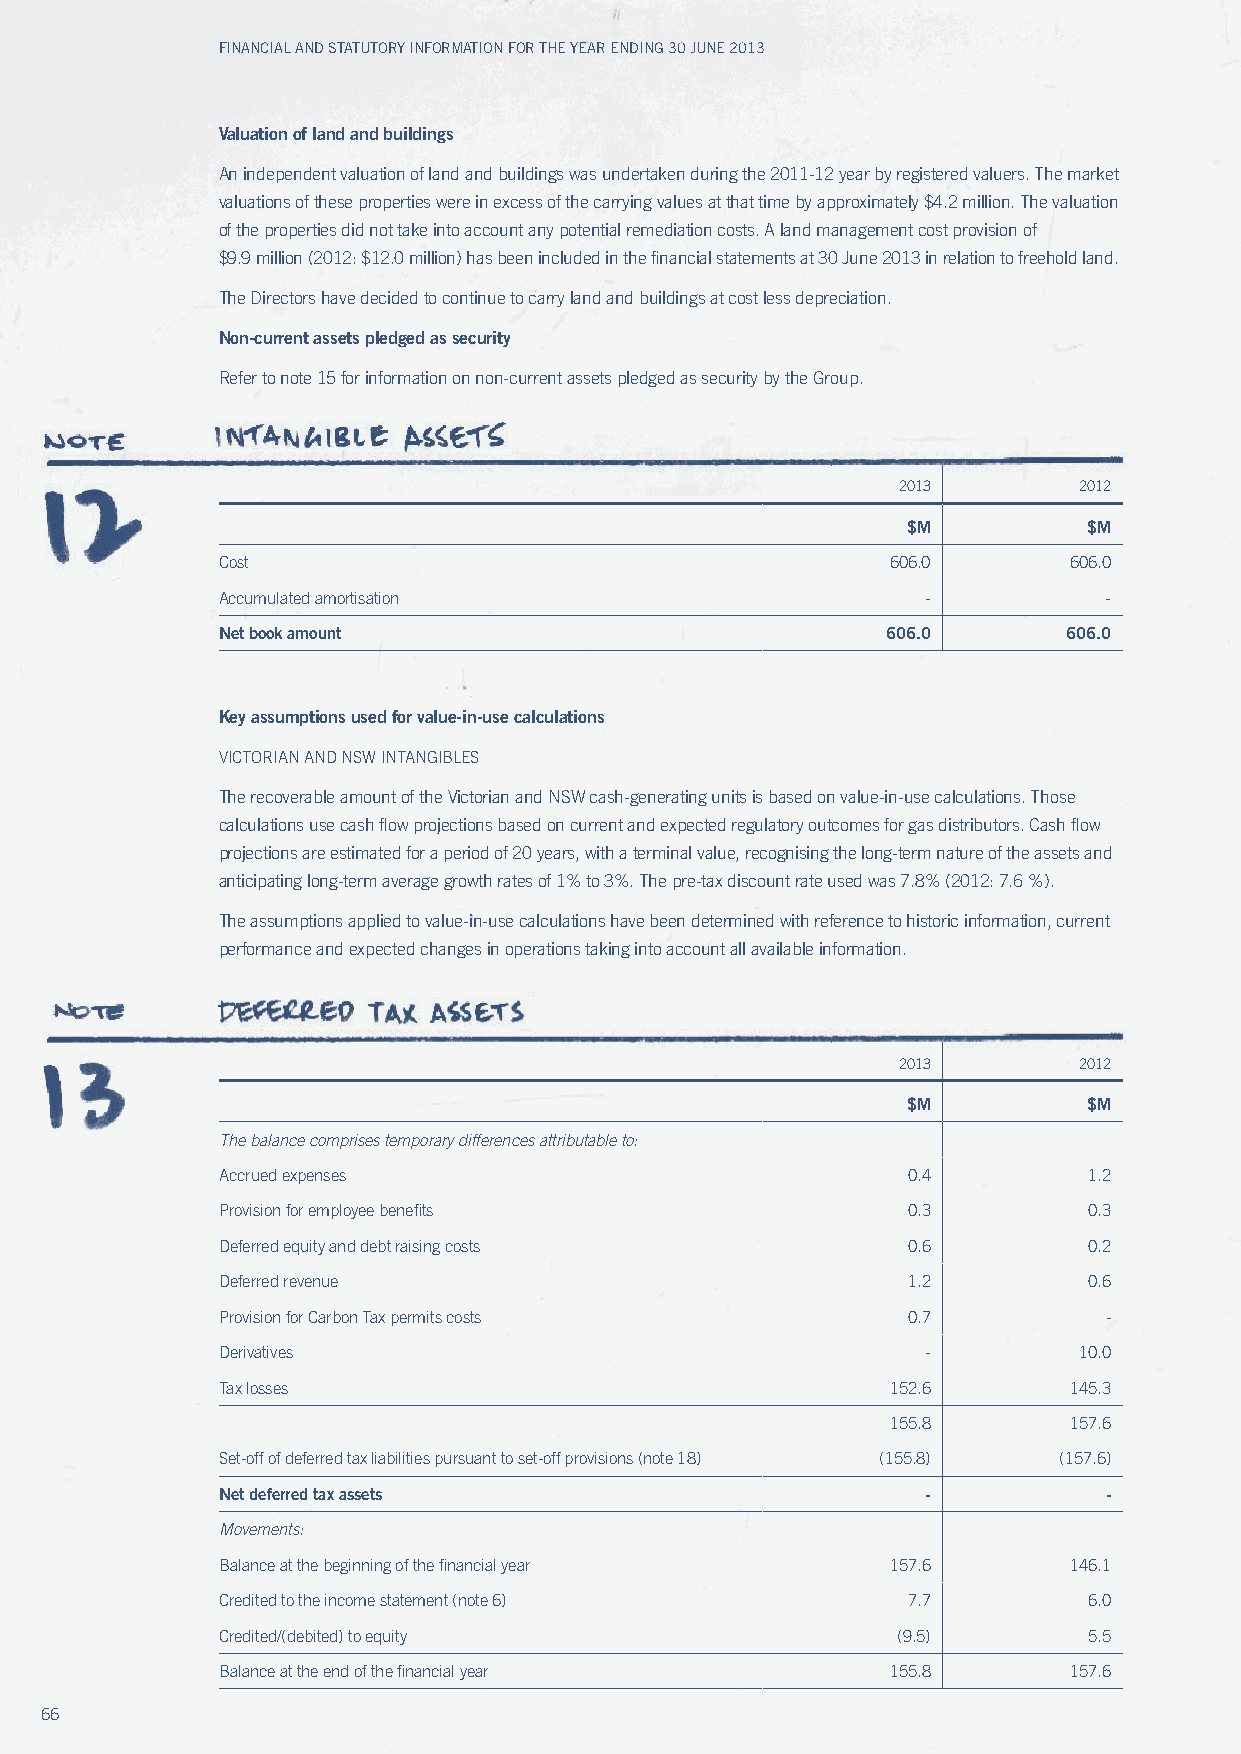
Financial and Statutory inFormation For the year ending 30 June 2013
 Valuation of land and buildings
 An independent valuation of land and buildings was undertaken during the 2011-12 year by registered valuers. The market
 valuations of these properties were in excess of the carrying values at that time by approximately $4.2 million. The valuation
 of the properties did not take into account any potential remediation costs. A land management cost provision of
 $9.9 million (2012: $12.0 million) has been included in the financial statements at 30 June 2013 in relation to freehold land.
 The Directors have decided to continue to carry land and buildings at cost less depreciation.
 Non-current assets pledged as security
 Refer to note 15 for information on non-current assets pledged as security by the Group.
 2013        2012
 $M          $M
 Cost                                         606.0       606.0
 Accumulated amortisation                       -           -
 Net book amount                              606.0       606.0
 Key assumptions used for value-in-use calculations
 vICTORIAN AND NSw INTANGIBLES
 The recoverable amount of the victorian and NSw cash-generating units is based on value-in-use calculations. Those
 calculations use cash flow projections based on current and expected regulatory outcomes for gas distributors. Cash flow
 projections are estimated for a period of 20 years, with a terminal value, recognising the long-term nature of the assets and
 anticipating long-term average growth rates of 1% to 3%. The pre-tax discount rate used was 7.8% (2012: 7.6 %).
 The assumptions applied to value-in-use calculations have been determined with reference to historic information, current
 performance and expected changes in operations taking into account all available information.
 2013        2012
 $M          $M
 the balance comprises temporary differences attributable to:
 Accrued expenses                              0.4         1.2
 Provision for employee benefits               0.3         0.3
 Deferred equity and debt raising costs        0.6         0.2
 Deferred revenue                              1.2         0.6
 Provision for Carbon Tax permits costs        0.7          -
 Derivatives                                    -         10.0
 Tax losses                                   152.6       145.3
 155.8       157.6
 Set-off of deferred tax liabilities pursuant to set-off provisions (note 18) (155.8) (157.6)
 Net deferred tax assets                        -           -
 Movements:
 Balance at the beginning of the financial year 157.6     146.1
 Credited to the income statement (note 6)     7.7         6.0
 Credited/(debited) to equity                 (9.5)        5.5
 Balance at the end of the financial year     155.8       157.6
 66